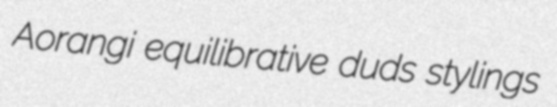
Aorangi equilibrative duds stylings